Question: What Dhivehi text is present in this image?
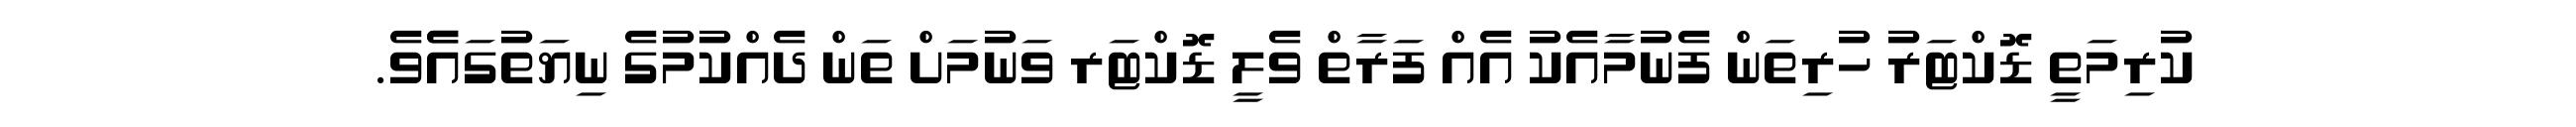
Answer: ކުރިމަތީ ޑޮކްޓަރު ހުރިތަން ފެނުމާއެކު އެއް ފަރާތް ވެލީ ޑޮކްޓަރ ވަނުމަށް ތަން ދެއްކުމުގެ ނިޔަތުގައެެވެ.